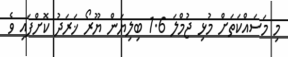
މި މަސައްކަތަށް މުޅި ޖުމްލަ 1.6 ބިލިޔަން ޔޫރޯ ޚަރަދު ކޮށްފައި ވެ